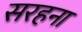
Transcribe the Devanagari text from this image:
सरहना